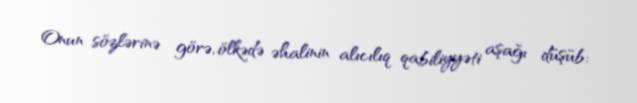
Onun sözlərinə görə, ölkədə əhalinin alıcılıq qabiliyyəti aşağı düşüb: